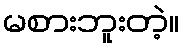
မစားဘူးတဲ့။